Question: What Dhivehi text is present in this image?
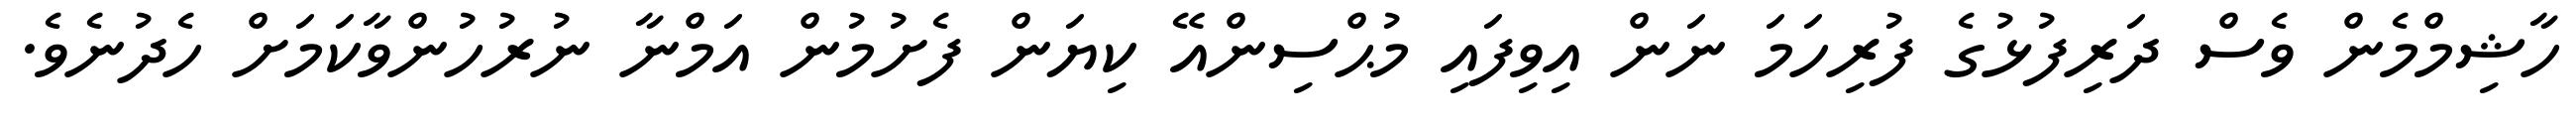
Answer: ހާޝިމްމެން ވެސް ދަރިފުޅުގެ ފުރިހަމަ ނަން އިވިފައި މުޙްސިންއޭ ކިޔަން ފެށުމުން އަމްނާ ނުރުހުންވާކަމަށް ހެދުނެވެ.